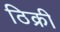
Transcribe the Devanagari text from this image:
ठिक्री